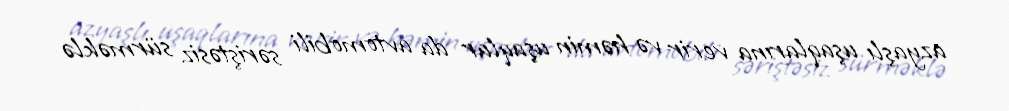
azyaşlı uşaqlarına verir və həmin uşaqlar da avtomobili səriştəsiz sürməklə